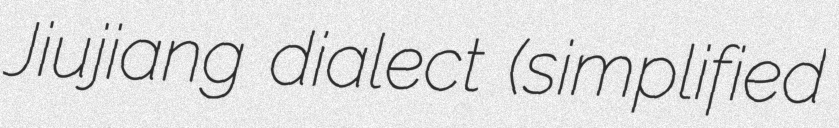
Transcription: Jiujiang dialect (simplified